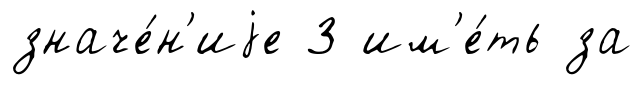
значе́н'иjе 3 им'е́ть за